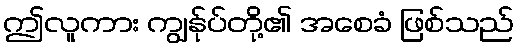
ဤလူကား ကျွန်ုပ်တို့၏ အစေခံ ဖြစ်သည်